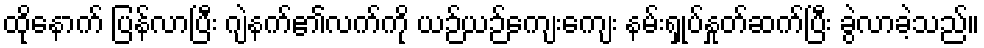
ထိုနောက် ပြန်လာပြီး ဂျဲနက်၏လက်ကို ယဉ်ယဉ်ကျေးကျေး နမ်းရှုပ်နှုတ်ဆက်ပြီး ခွဲလာခဲ့သည်။